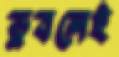
ডুবলেই